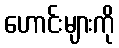
ဟောင်းများကို